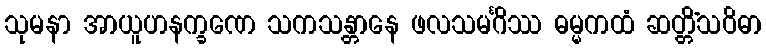
သုမနာ အာယူဟနက္ခဏေ သကသန္တာနေ ဖလသမင်္ဂိဿ ဓမ္မကထံ ဆတ္တိံသဝိဓာ